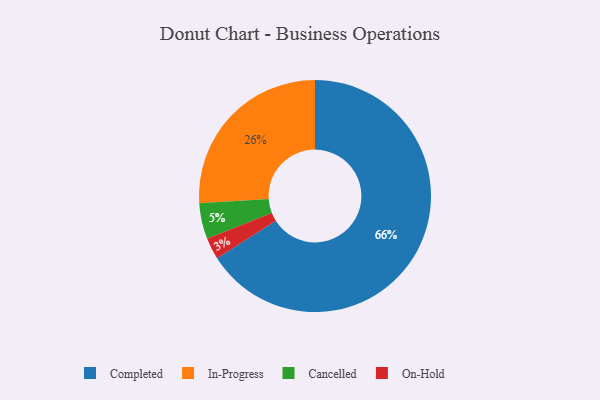
{"axis": {"x": "Category", "y": "Percentage"}, "legend": ["Cancelled", "Completed", "In-Progress", "On-Hold"], "data": [{"x": "Cancelled", "y": 5, "type": "Cancelled"}, {"x": "On-Hold", "y": 3, "type": "On-Hold"}, {"x": "In-Progress", "y": 26, "type": "In-Progress"}, {"x": "Completed", "y": 66, "type": "Completed"}]}